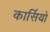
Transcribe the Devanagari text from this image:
कार्सियो